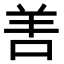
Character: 𠲘